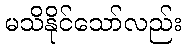
မသိနိုင်သော်လည်း